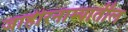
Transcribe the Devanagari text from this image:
जाहीरनाम्यातील